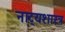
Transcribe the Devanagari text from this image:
नाट्‍यशास्त्र